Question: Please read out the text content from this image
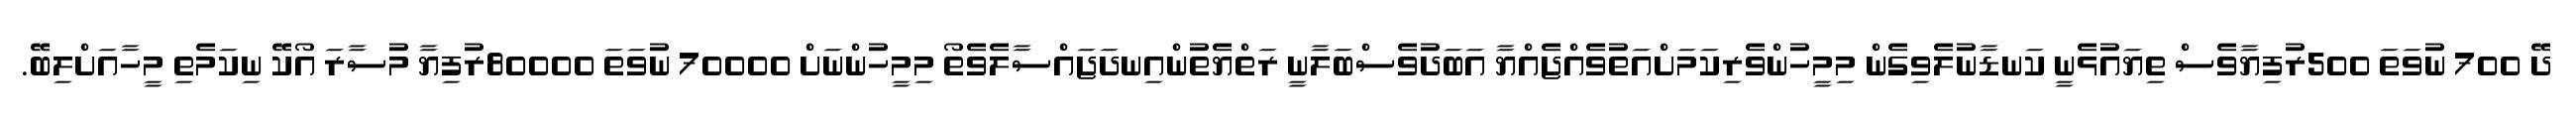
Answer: ދޭ 700 ނުވަތަ 500ރުފިޔާވެސް ތިޔައުޅެނީ ކަނޑާނުލެވިގެން މިމީހުންވެރިކަމަށްއަތުވެއްޖެއްޔާ އަބަދުވެސްބަލާނީ ރަތްޔެތުންއިނދަޖައްސާލެވެތޯ މިމީހުންނަށް 70000 ނުވަތަ 80000ރުފިޔާ މުސާރަ އޯކޭ ނިކަމެތި މީހާއަށްލިބޭ.